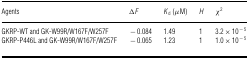
<table><thead><tr><td><b>Agents</b></td><td><b>Δ<i>F</i></b></td><td><b><i>K</i><sub>d</sub> (μM)</b></td><td><b><i>H</i></b></td><td><b>χ<sup>2</sup></b></td></tr></thead><tbody><tr><td>GKRP-WT and GK-W99R/W167F/W257F</td><td>−0.084</td><td>1.49</td><td>1</td><td>3.2×10<sup>−5</sup></td></tr><tr><td>GKRP-P446L and GK-W99R/W167F/W257F</td><td>−0.065</td><td>1.23</td><td>1</td><td>1.0×10<sup>−5</sup></td></tr></tbody></table>